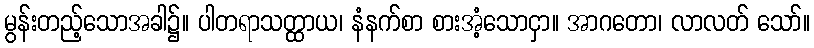
မွန်းတည့်သောအခါ၌။ ပါတရာသတ္ထာယ၊ နံနက်စာ စားအံ့သောငှာ။ အာဂတော၊ လာလတ် သော်။